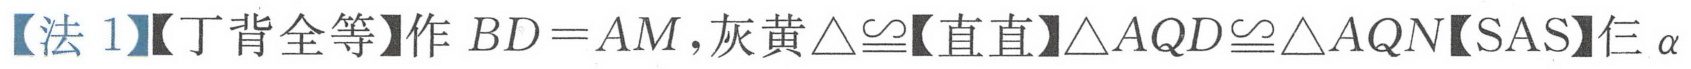
【法 1】【丁背全等】作 \(BD = AM\)，灰黄\(\triangle\cong\)【直直】\(\triangle AQD\cong\triangle AQN\)【SAS】仨 \(\alpha\)